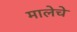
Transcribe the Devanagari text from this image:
मालेचे